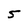
Character: S